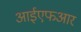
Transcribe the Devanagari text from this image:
आईएफआर